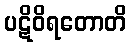
ပဋိဝိရတောတိ